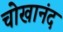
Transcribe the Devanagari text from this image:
चोखानंद